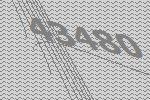
43480